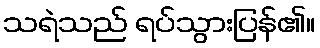
သရဲသည် ရပ်သွားပြန်၏။